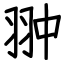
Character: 翀